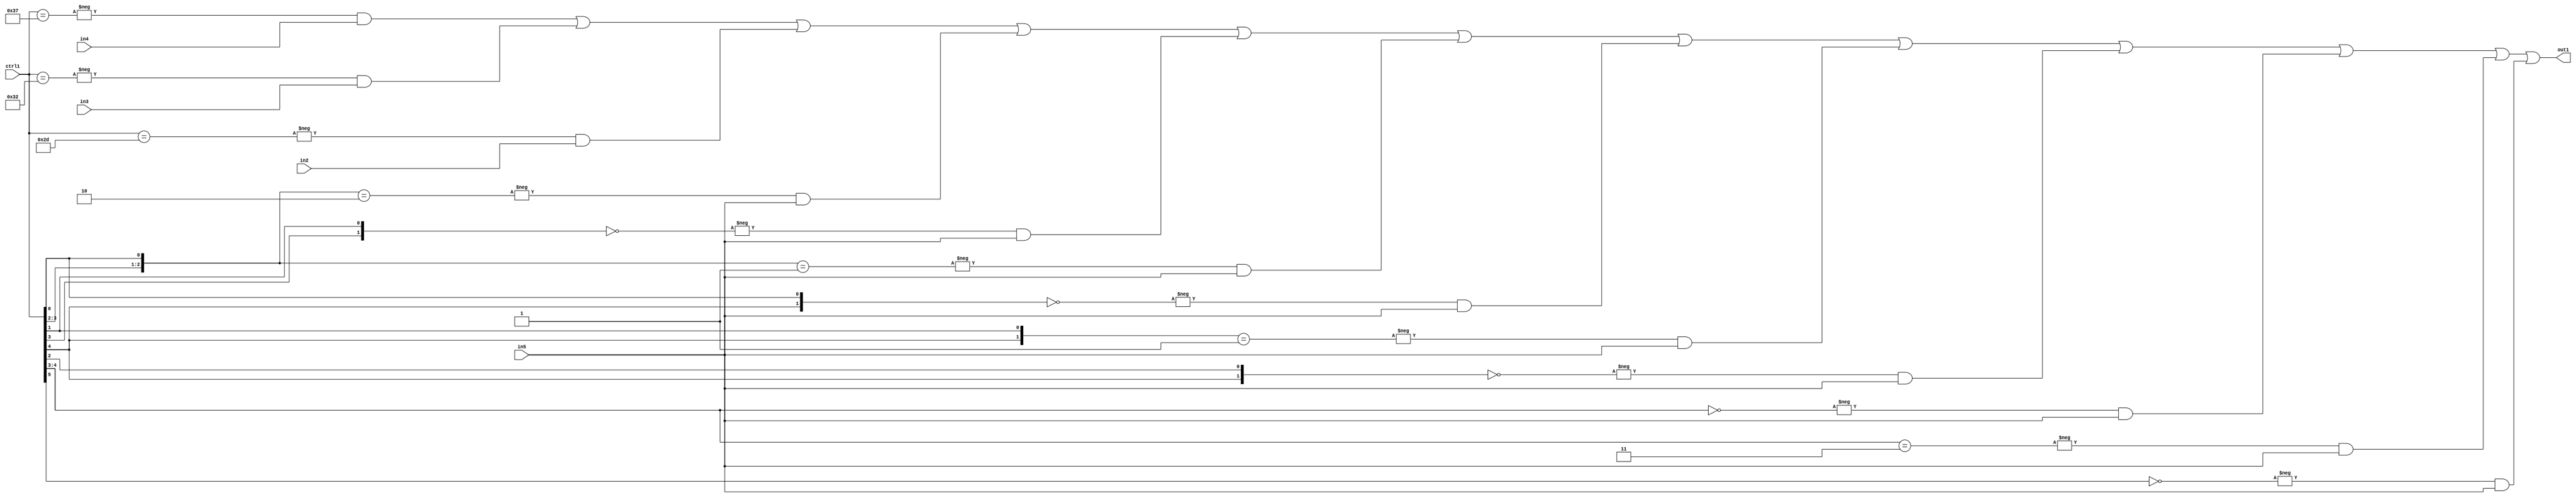
`timescale 1ps / 1ps
/*****************************************************************************
    Verilog RTL Description
    
    
    Created by: Stratus DpOpt 21.05.01 
*******************************************************************************/

module SobelFilter_N_Mux_32_4_46_4 (
	in5,
	in4,
	in3,
	in2,
	ctrl1,
	out1
	); /* architecture "behavioural" */ 
input [31:0] in5;
input [8:0] in4,
	in3,
	in2;
input [5:0] ctrl1;
output [31:0] out1;
wire [31:0] asc001;

assign asc001 = 
	-{ctrl1 == 6'B110111} & in4 |
	-{ctrl1 == 6'B110010} & in3 |
	-{ctrl1 == 6'B101101} & in2 |
	-{{ctrl1[3:2], ctrl1[0]} == 3'B010} & in5 |
	-{{ctrl1[3], ctrl1[1]} == 2'B00} & in5 |
	-{{ctrl1[3:2], ctrl1[0]} == 3'B001} & in5 |
	-{{ctrl1[4], ctrl1[0]} == 2'B00} & in5 |
	-{{ctrl1[4], ctrl1[1]} == 2'B01} & in5 |
	-{{ctrl1[4], ctrl1[2]} == 2'B00} & in5 |
	-{ctrl1[4:3] == 2'B00} & in5 |
	-{ctrl1[4:3] == 2'B11} & in5 |
	-{ctrl1[5] == 1'B0} & in5 ;

assign out1 = asc001;
endmodule

/* CADENCE  vbj5TQg= : u9/ySxbfrwZIxEzHVQQV8Q== ** DO NOT EDIT THIS LINE ******/